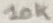
Text: 10K